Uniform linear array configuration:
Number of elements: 4
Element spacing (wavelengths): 0.5
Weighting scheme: exponential
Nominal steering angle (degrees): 60
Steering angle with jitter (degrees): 59.963
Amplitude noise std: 0.05
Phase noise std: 0.05

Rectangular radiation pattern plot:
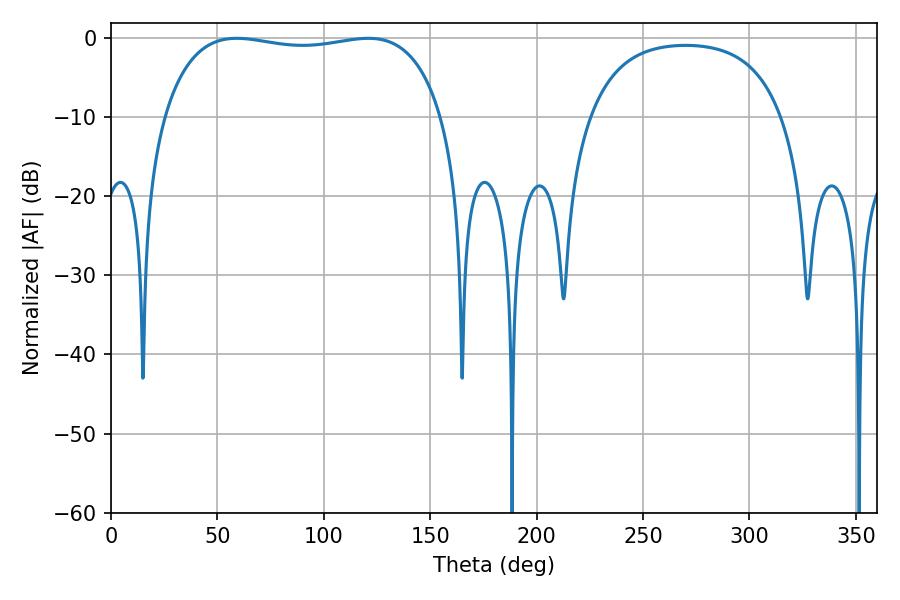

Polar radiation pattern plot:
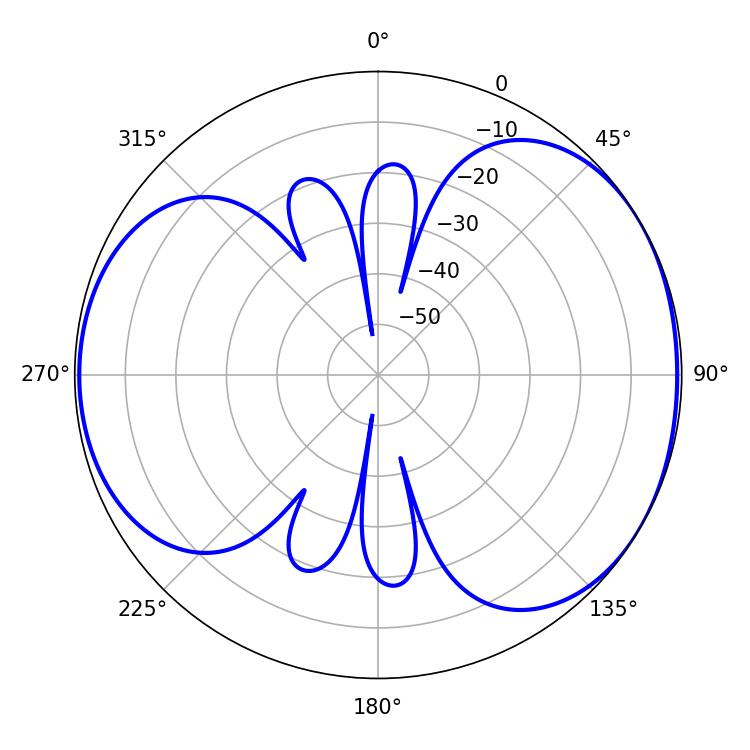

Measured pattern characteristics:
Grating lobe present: FALSE
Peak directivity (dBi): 4.863
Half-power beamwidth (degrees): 105.48
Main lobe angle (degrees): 59.04